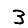
Digit: 3